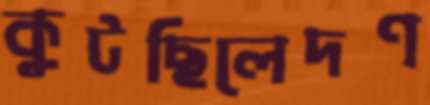
কুটছিলেদণ্